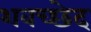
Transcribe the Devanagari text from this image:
शवच्छेद